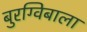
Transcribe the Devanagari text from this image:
बुरग्विबाला